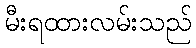
မီးရထားလမ်းသည်